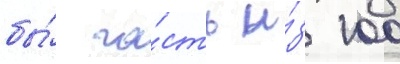
бы́ ча́сть и́з 100